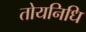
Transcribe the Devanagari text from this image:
तोयनिधि